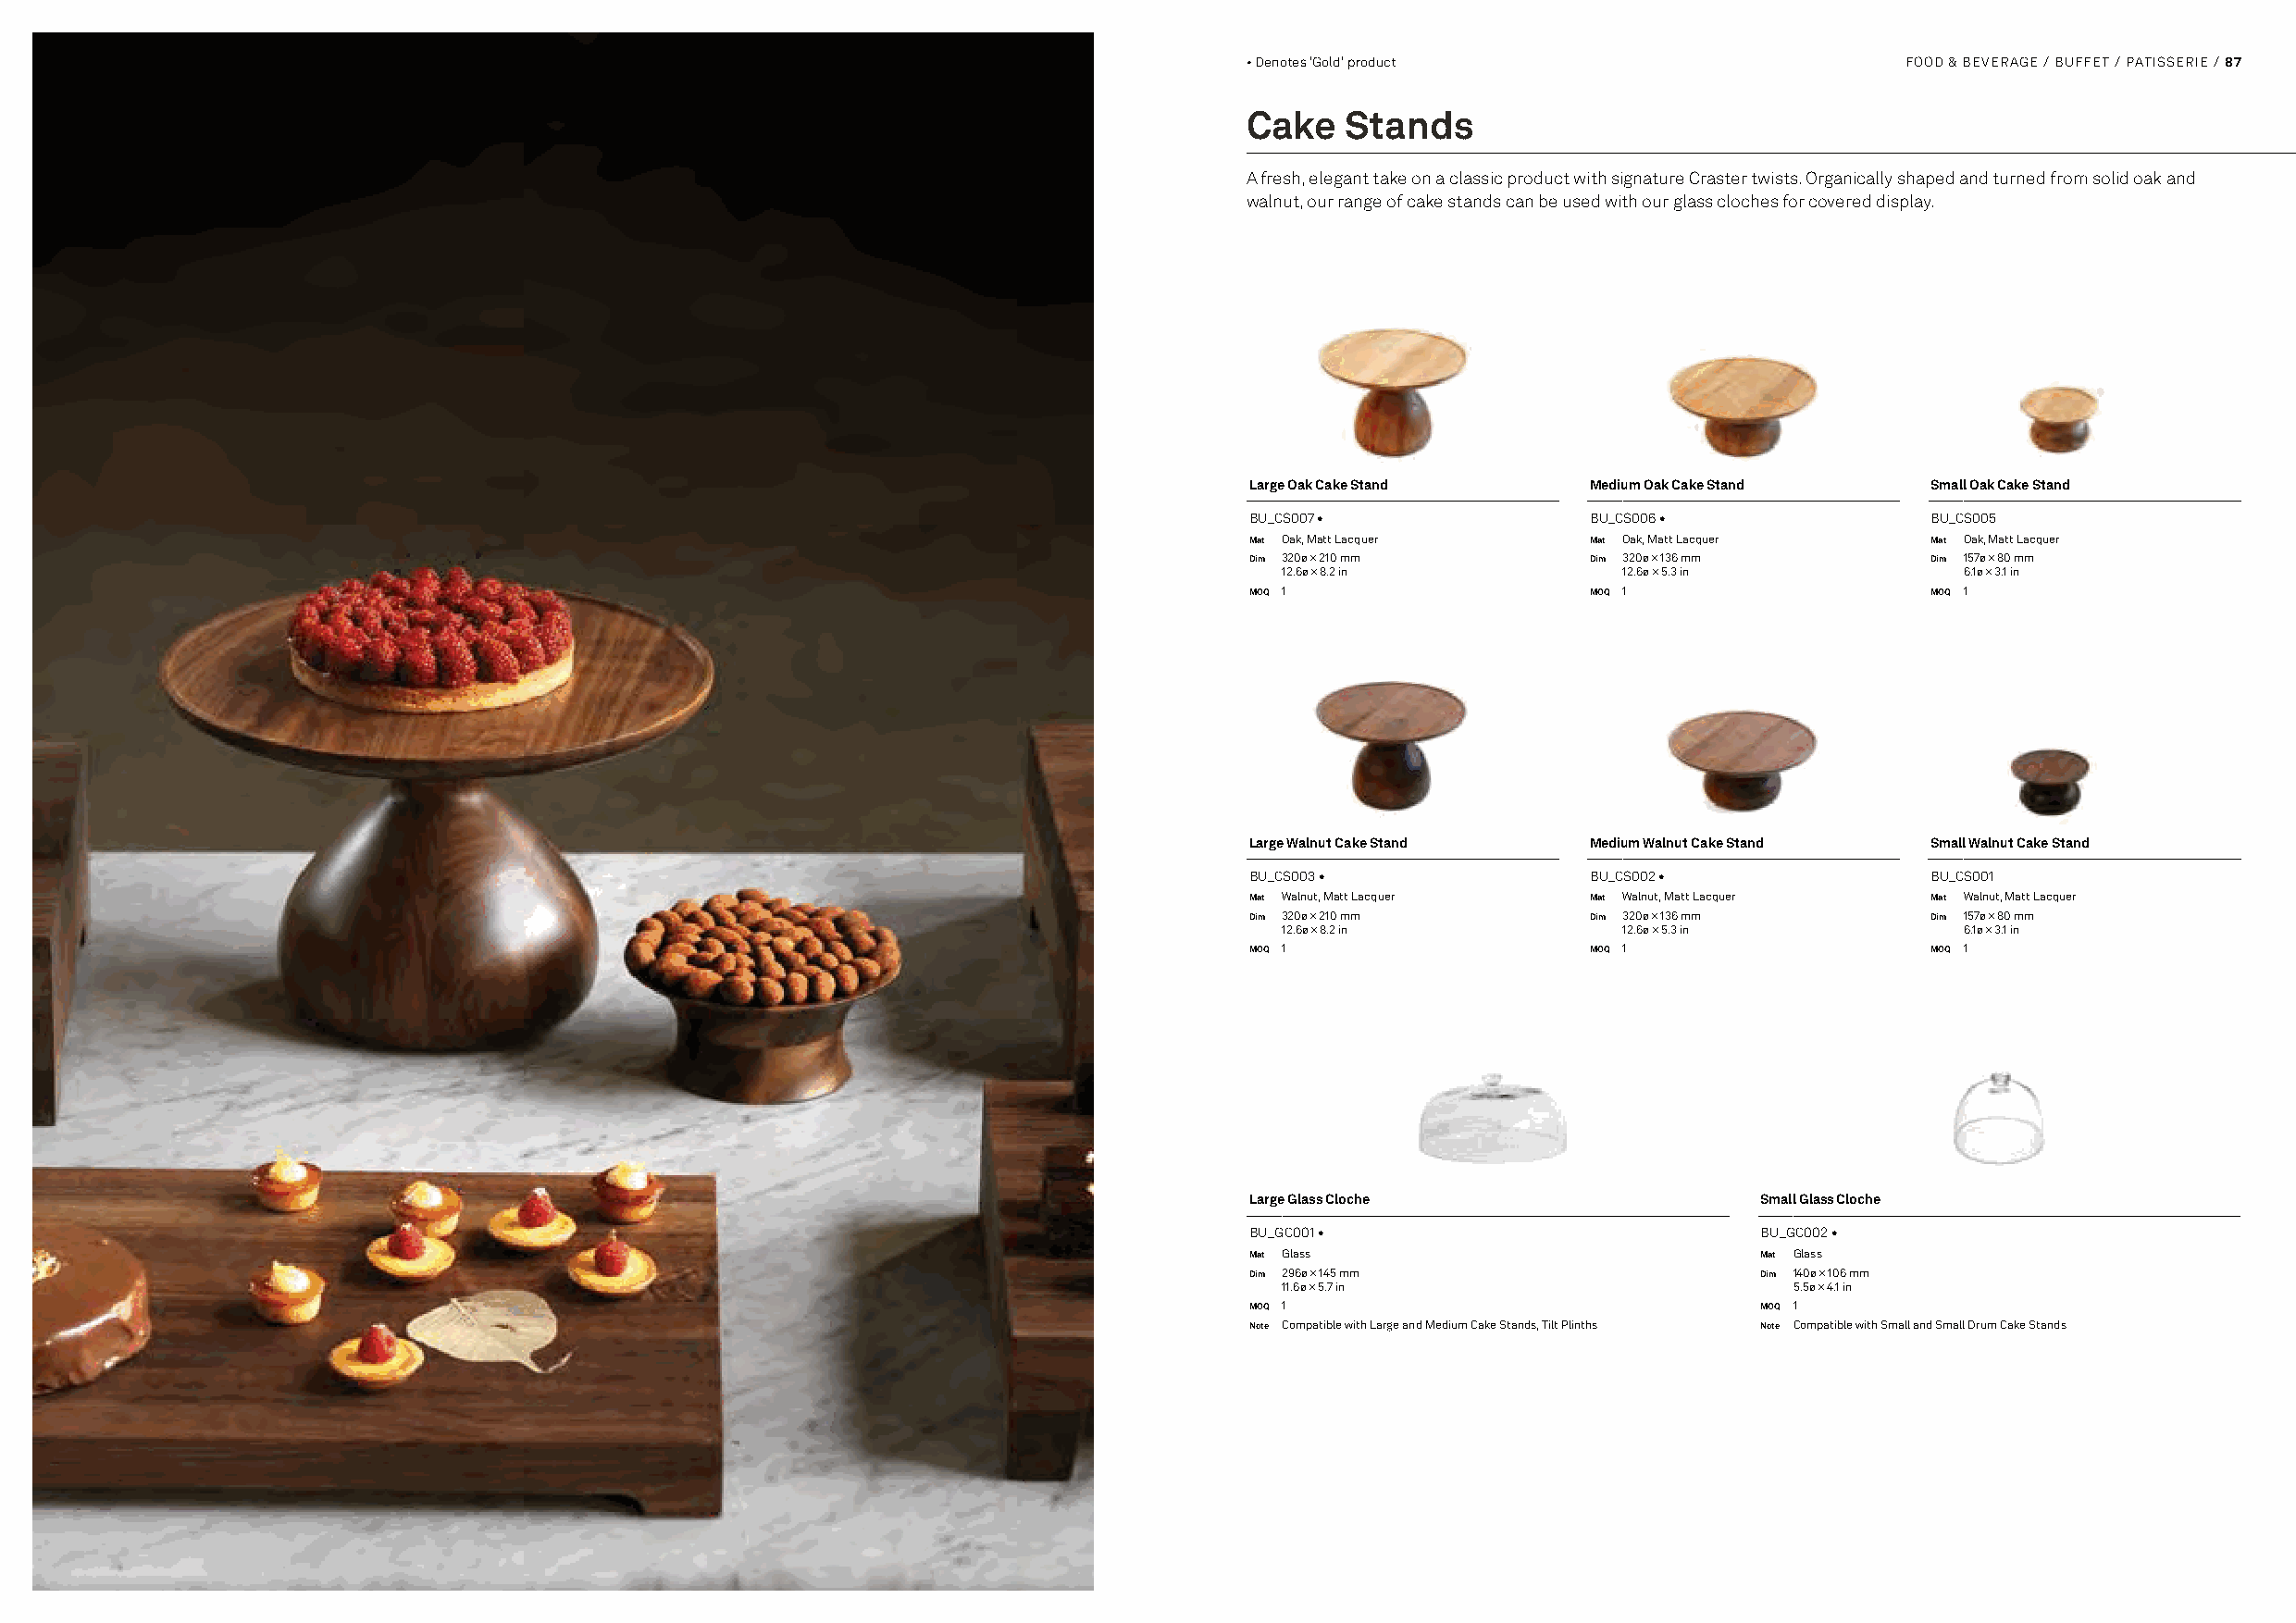
• Denotes 'Gold' product                       FOOD & BEVERAGE / BUFFET / PATISSERIE / 87
 Cake   Stands
 A fresh, elegant take on a classic product with signature Craster twists. Organically shaped and turned from solid oak and
 walnut, our range of cake stands can be used with our glass cloches for covered display.
 Large Oak Cake Stand     Medium Oak Cake Stand   Small Oak Cake Stand
 BU_CS007 •               BU_CS006 •              BU_CS005
 Mat Oak, Matt Lacquer    Mat Oak, Matt Lacquer   Mat Oak, Matt Lacquer
 Dim 320ø × 210 mm        Dim 320ø × 136 mm       Dim 157ø × 80 mm
 12.6ø × 8.2 in          12.6ø × 5.3 in          6.1ø × 3.1 in
 MOQ 1                    MOQ 1                   MOQ 1
 Large Walnut Cake Stand  Medium Walnut Cake Stand Small Walnut Cake Stand
 BU_CS003 •               BU_CS002 •              BU_CS001
 Mat Walnut, Matt Lacquer Mat Walnut, Matt Lacquer Mat Walnut, Matt Lacquer
 Dim 320ø × 210 mm        Dim 320ø × 136 mm       Dim 157ø × 80 mm
 12.6ø × 8.2 in          12.6ø × 5.3 in          6.1ø × 3.1 in
 MOQ 1                    MOQ 1                   MOQ 1
 Large Glass Cloche                   Small Glass Cloche
 BU_GC001 •                           BU_GC002 •
 Mat Glass                            Mat Glass
 Dim 296ø × 145 mm                    Dim 140ø × 106 mm
 11.6ø × 5.7 in                      5.5ø × 4.1 in
 MOQ 1                                MOQ 1
 Note Compatible with Large and Medium Cake Stands, Tilt Plinths Note Compatible with Small and Small Drum Cake Stands